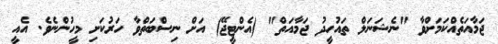
ޖަމާއަތެއްކަމަށްވާ "ނެޝަނަލް ތައުހީދު ޖަމާއަތް" (އެންޓީޖޭ) އަށް ނިސްބަތްވާ ހަރުކަށި މީހުންނެވެ. އެއީ